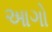
આગો